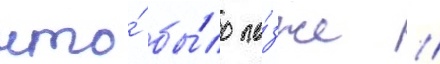
что́ бы́ло по́зже //